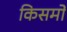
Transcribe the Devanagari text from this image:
किसमों